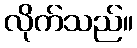
လိုက်သည်။